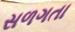
સળગતા